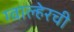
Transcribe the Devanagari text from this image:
ग्वाल्हेरची